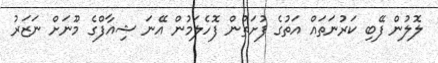
ލޮލުން ފޭބި ކަރުނަތައް އަތުގެ ފުށަތުން ފޮހެލަމުން އޭނަ ޝިއާފްގެ މޫނަށް ނަޒަރު